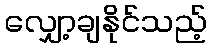
လျှော့ချနိုင်သည့်